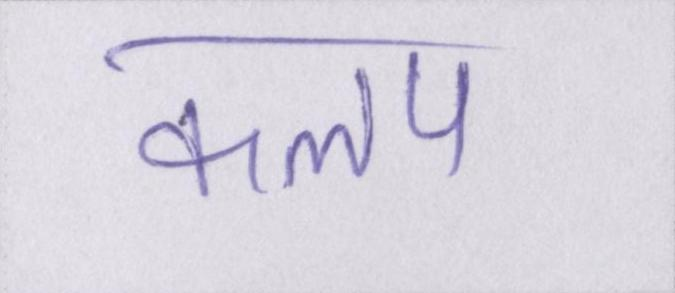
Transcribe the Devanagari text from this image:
कलप